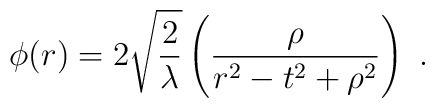
\phi(r) = 2\sqrt {2\over \lambda} \left({\rho\over{r^2-t^2 +\rho^2}}\right) \ .